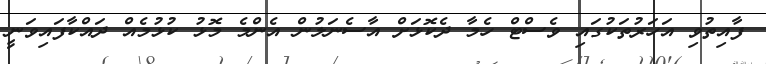
ފާއިތުވި އަހަރުތަކުގައި ވެސްޓް ހެމާ ދެކޮޅަށް އާސެނަލުން އެންމެ މޮޅު ކުޅުމެއް ދައްކާފައިވަނީ